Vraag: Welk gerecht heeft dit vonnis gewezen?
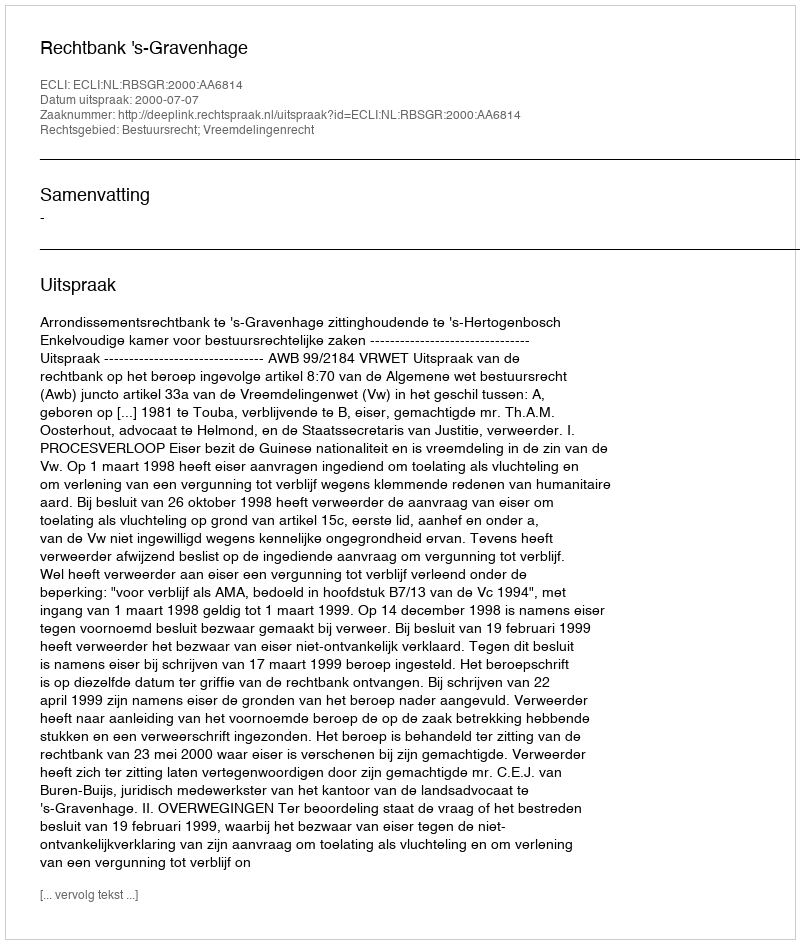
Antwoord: Rechtbank 's-Gravenhage